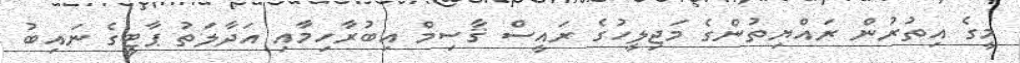
މީގެ އިތުރުން ރައްޔިތުންގެ މަޖިލީހުގެ ރައީސް ޤާސިމް އިބުރާހިމާއި އަދާލަތު ޕާޓީގެ ނައިބު